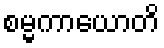
စမ္မကာယောတိ